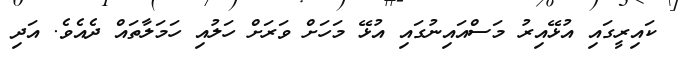
ކައިރީގައި އުޅޭއިރު މަސްއައިނުގައި އުޅޭ މަހަށް ވަރަށް ހަލުއި ހަމަލާތައް ދެއެވެ. އަދި